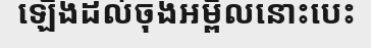
ឡើងដល់ចុងអម្ពិលនោះបេះ